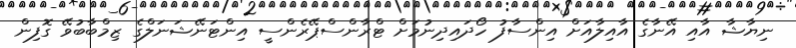
ނިޔާޝާ އާއި އޭނާގެ އާއިލާއަށް އިންސާފު ހޯދައިދިނުމަށް ޓްރާންސްޕޭރެންސީ އިންޓަނޭޝަނަލްގެ ޒިމްބާބުވޭ ގޮފިން